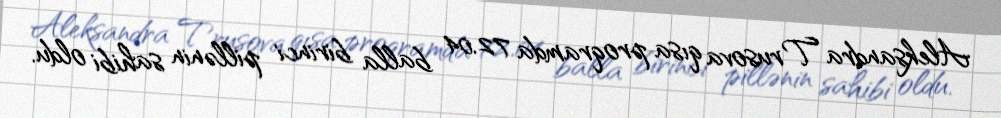
Aleksandra Trusova qısa proqramda 72.04 balla birinci pillənin sahibi oldu.